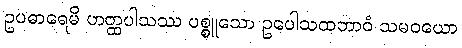
ဥပဓာရေမိ ဟတ္ထပါသဿ ပစ္စူသော ဥပေါသထဘာဝံ သမဝယော